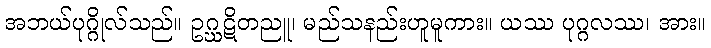
အဘယ်ပုဂ္ဂိုလ်သည်။ ဥဂ္ဃဋိတညူ၊ မည်သနည်းဟူမူကား။ ယဿ ပုဂ္ဂလဿ၊ အား။